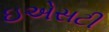
ઇએસટી